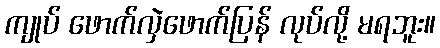
ကျုပ် ဖောက်လှဲဖောက်ပြန် လုပ်လို့ မရဘူး။